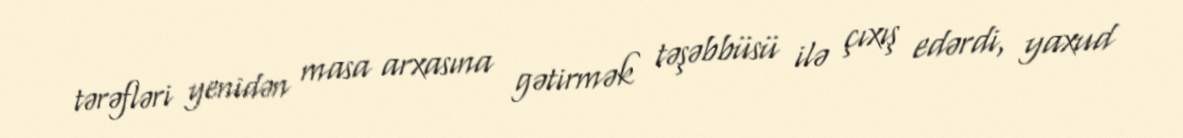
tərəfləri yenidən masa arxasına gətirmək təşəbbüsü ilə çıxış edərdi, yaxud